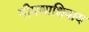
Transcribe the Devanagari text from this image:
मीपणाशिवाय